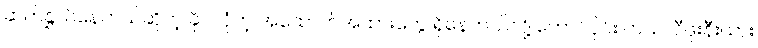
ဆက်နွှယ်နေတယ်ဆိုတဲ့ ခိုင်လုံတဲ့ အထောက်အထားတွေ ရှိနေတယ်လို့ တောင်ပိုင်း ကယ်လီဖိုးနီးယား